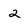
Character: 2